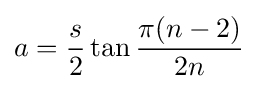
a={\frac {s}{2}}\tan {\frac {\pi (n-2)}{2n}}